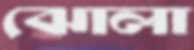
ঝোলা